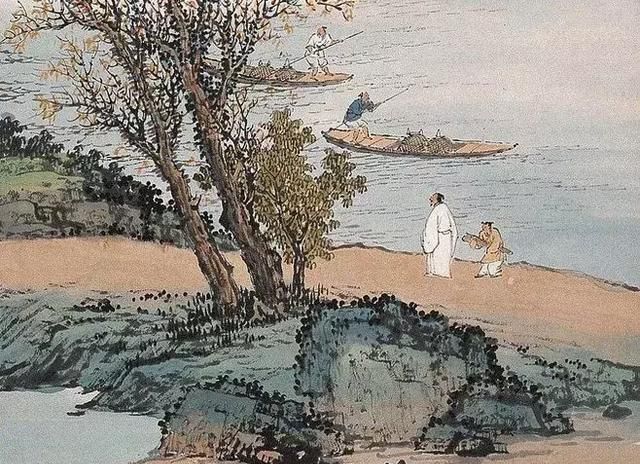
门外平桥连柳堤，归来晚树黄莺啼。